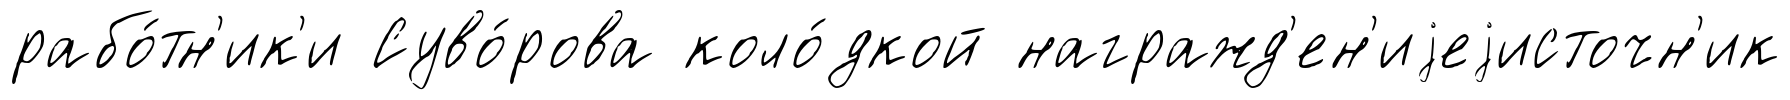
рабо́тн'ик'и Суво́рова коло́дкой награжд'ен'иjеjисточн'ик